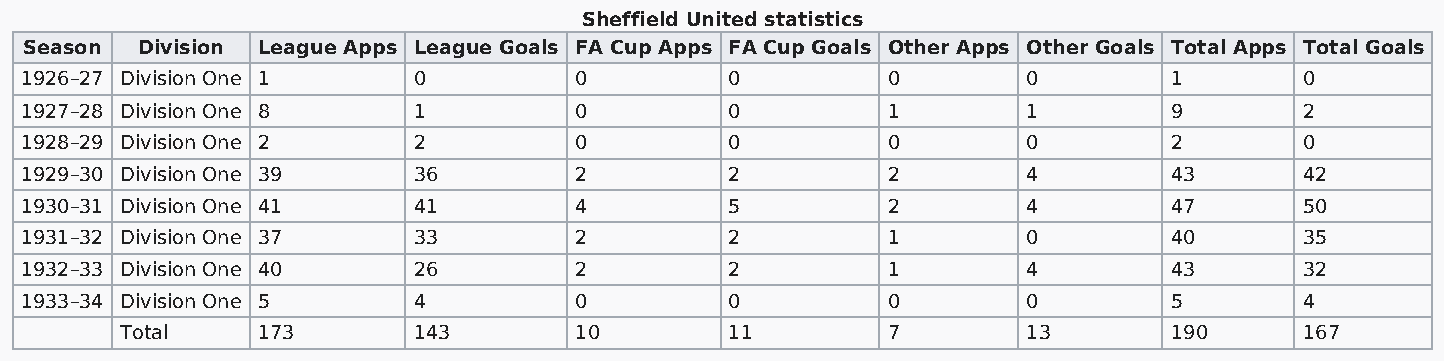
Sheffield United statistics
 Season Division League Apps League Goals FA Cup Apps FA Cup Goals Other Apps Other Goals Total Apps Total Goals
 1926–27 Division One 1    0          0         0          0        0         1       0
 1927–28 Division One 8    1          0         0          1        1         9       2
 1928–29 Division One 2    2          0         0          0        0         2       0
 1929–30 Division One 39   36         2         2          2        4         43      42
 1930–31 Division One 41   41         4         5          2        4         47      50
 1931–32 Division One 37   33         2         2          1        0         40      35
 1932–33 Division One 40   26         2         2          1        4         43      32
 1933–34 Division One 5    4          0         0          0        0         5       4
 Total    173       143        10        11         7        13        190     167